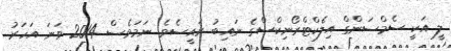
ލީ އަކީ ސެމްސަންގް އިލެކްޓްރޯނިކްސްގެ ނައިބު ރައީސެވެ. ނަމަވެސް 2014 ވަނަ އަހަރު